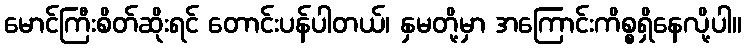
မောင်ကြီးစိတ်ဆိုးရင် တောင်းပန်ပါတယ်၊ နှမတို့မှာ အကြောင်းကိစ္စရှိနေလို့ပါ။